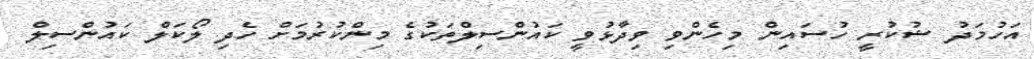
އަހުމަދު ޝުކުރީ ހުސައިން މިހެންވި ވިދާޅުވީ ކައުންސިލްތަކުގެ މިންކުރުމަށް ހެދި ލޯކަލް ކައުންސިލް